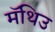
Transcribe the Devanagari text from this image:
मॅथिउ